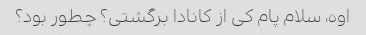
اوه، سلام پام کی از کانادا برگشتی؟ چطور بود؟